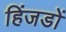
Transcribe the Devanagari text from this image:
हिंजडों